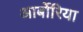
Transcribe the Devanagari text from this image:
आर्बोरिया